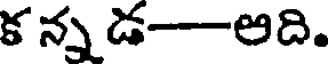
క న్న డ-అది.